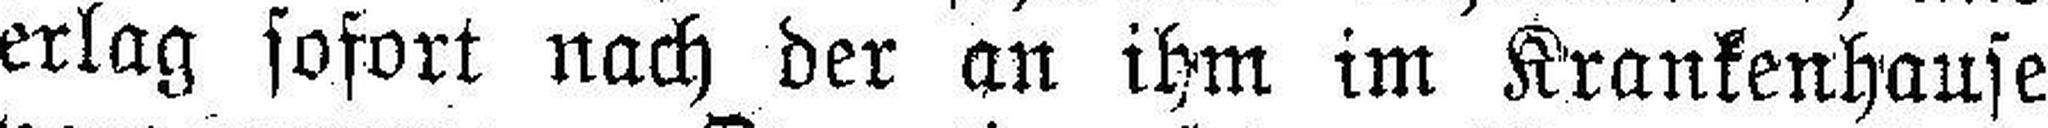
erlag sofort nach der an ihm im Krankenhause